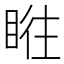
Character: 𥆜